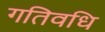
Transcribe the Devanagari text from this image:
गतिवधि